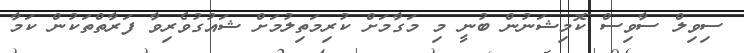
ސިވިލް ސާވިސް ކޮމިޝަނުން ބުނީ މި މަގާމަށް ކުރިމަތިލުމަށް ޝައުގުވެރިވާ ފަރާތްތަކުން ކަމާ